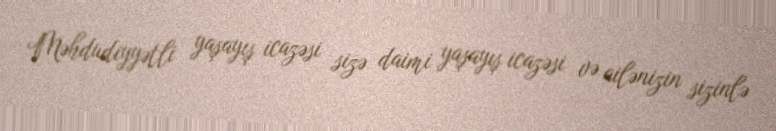
Məhdudiyyətli yaşayış icazəsi sizə daimi yaşayış icazəsi və ailənizin sizinlə